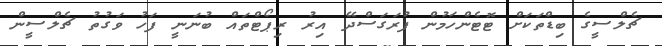
ޗެލްސީގެ ބިޑްތަކަށް ޓޮޓެންހަމުން ފުރަގަސްދޭ އިރު ރިޕޯޓްތައް ބުނަނީ ފަހު ވަގުތު ޗެލްސީން